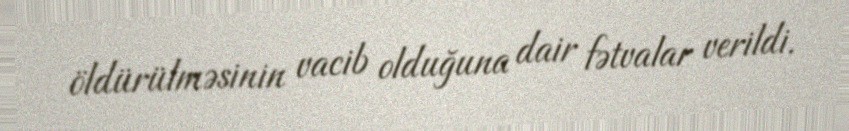
öldürülməsinin vacib olduğuna dair fətvalar verildi.